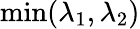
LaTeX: \operatorname*{min}(\lambda_{1},\lambda_{2})